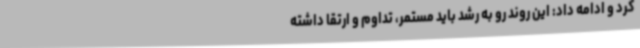
کرد و ادامه داد: این روند رو به رشد باید مستمر، تداوم و ارتقا داشته